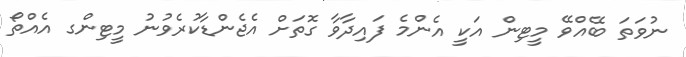
ނުވަތަ ބޭއްވޭ މީޓިން އަކީ އެންމެ ފައިދާވާ ގޮތަށް އެޖެންޑާކުރެވުނު މީޓިންގ އެއްތޯ